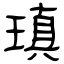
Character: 瑱